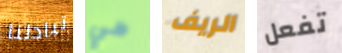
تبادلنا هي الريف تفعل